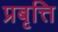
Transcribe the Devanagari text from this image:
प्रबृत्ति